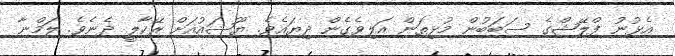
އެޅުނު ފްލޭޝްގެ ސަބަބުން މުޅިތަން އަލިވެގެން ދިޔައެވެ. ޔޫޝައުއަށް ރޭކާލީ ދެނެވެ. ލަމްނާ